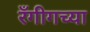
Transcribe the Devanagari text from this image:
रँगीगच्या